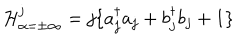
LaTeX: { \cal H } _ { \alpha = \pm \infty } ^ { j } = j \{ a _ { j } ^ { \dagger } a _ { j } + b _ { j } ^ { \dagger } b _ { j } + 1 \}